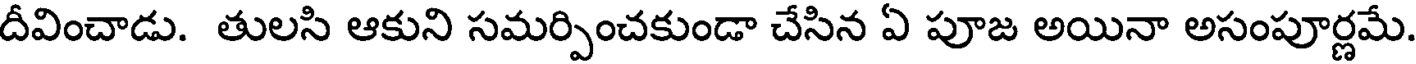
దీవించాడు. తులసి ఆకుని సమర్పించకుండా చేసిన ఏ పూజ అయినా అసంపూర్ణమే.